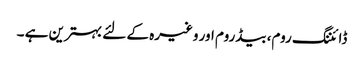
ڈائننگ روم، بیڈروم اور وغیرہ کے لئے بہترین ہے ۔